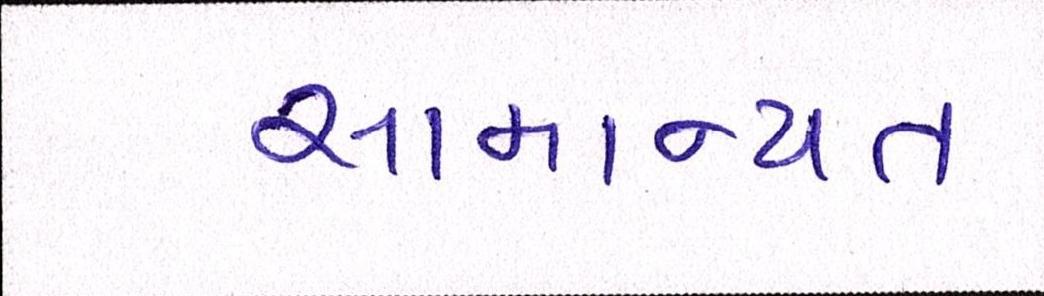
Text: સામાન્યતઃ